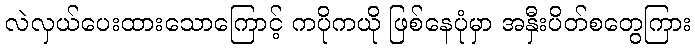
လဲလှယ်ပေးထားသောကြောင့် ကပိုကယို ဖြစ်နေပုံမှာ အနှီးပိတ်စတွေကြား